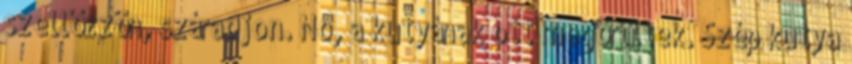
szellőzzön, száradjon. No, a kutyának ott megörültek. Szép kutya